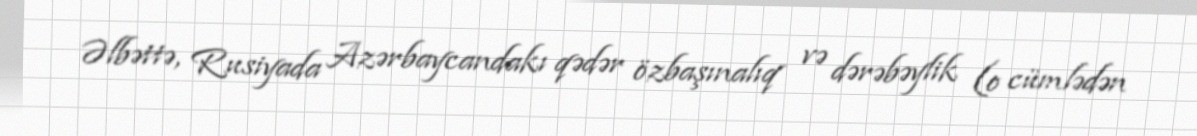
Əlbəttə, Rusiyada Azərbaycandakı qədər özbaşınalıq və dərəbəylik (o cümlədən